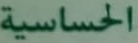
الحساسية